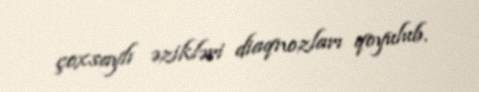
çoxsaylı əzikləri diaqnozları qoyulub.